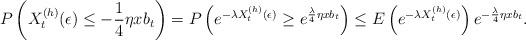
LaTeX: \begin{align*} P\left(X_t^{(h)}(\epsilon) \le -\frac 1 4 \eta x b_t\right) = P\left(e^{-\lambda X_t^{(h)}(\epsilon)} \ge e^{\frac {\lambda}{4} \eta x b_t}\right) \le E\left(e^{-\lambda X_t^{(h)}(\epsilon)}\right) e^{-\frac \lambda 4 \eta x b_t}.\end{align*}